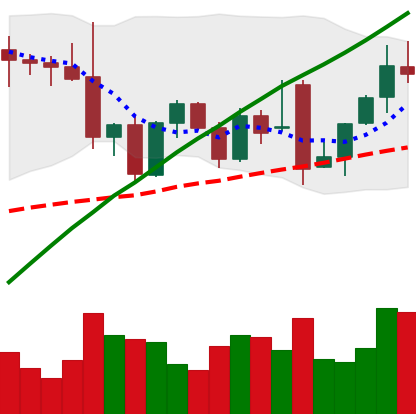
Ticker: ETH-USD
Chart end date: 2021-12-01
Forward return: -4.976%
Label: down_3_5